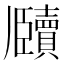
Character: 𬼕